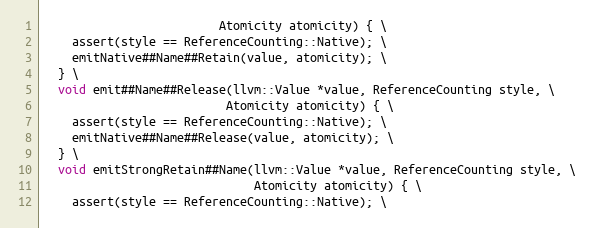
Language: C
                         Atomicity atomicity) { \
    assert(style == ReferenceCounting::Native); \
    emitNative##Name##Retain(value, atomicity); \
  } \
  void emit##Name##Release(llvm::Value *value, ReferenceCounting style, \
                          Atomicity atomicity) { \
    assert(style == ReferenceCounting::Native); \
    emitNative##Name##Release(value, atomicity); \
  } \
  void emitStrongRetain##Name(llvm::Value *value, ReferenceCounting style, \
                              Atomicity atomicity) { \
    assert(style == ReferenceCounting::Native); \